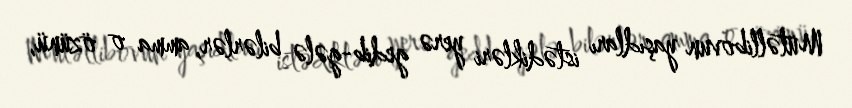
Mütəllibovun yaşıdları istədikləri yerə gedib-gələ bilərlər, amma o özünü,